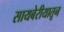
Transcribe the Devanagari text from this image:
सायबेरीयातून